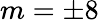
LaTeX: m=\pm 8